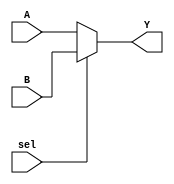
// Four bit 2to1 multiplexer
// sel = '0' pass A, sel = '1' pass B

module Mux2to1V1(output [3:0] Y, input [3:0] A, B, input sel);
  assign Y = (sel) ? B : A;
endmodule